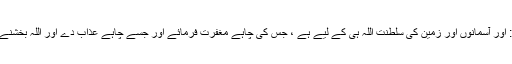
ترجمۂ کنزُالعِرفان: اور آسمانوں اور زمین کی سلطنت اللہ ہی کے لیے ہے ، جس کی چاہے مغفرت فرمائے اور جسے چاہے عذاب دے اور اللہ بخشنے والا، مہربان ہے۔